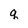
Character: q